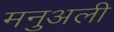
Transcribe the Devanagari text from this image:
मनुअली